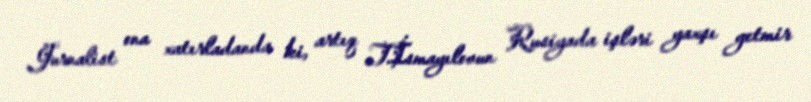
Jurnalist ona xatırladanda ki, artıq T.İsmayılovun Rusiyada işləri yaxşı getmir